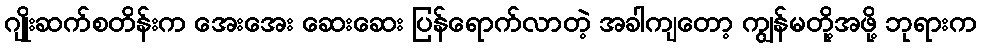
ဂျိုးဆက်စတိန်းက အေးအေး ဆေးဆေး ပြန်ရောက်လာတဲ့ အခါကျတော့ ကျွန်မတို့အဖို့ ဘုရားက